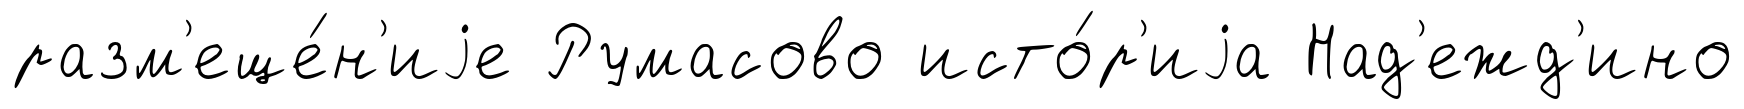
разм'еще́н'иjе Румасово исто́р'иjа Над'ежд'ино